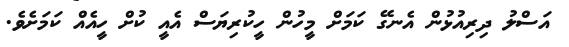
އަސްލު ދިރިއުޅުން އެނގޭ ކަމަށް މީހުން ހީކުރިޔަސް އެއީ ކުށް ހީއެއް ކަމަށެވެ.